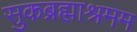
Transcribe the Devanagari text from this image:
सुकब्रह्माश्रमम